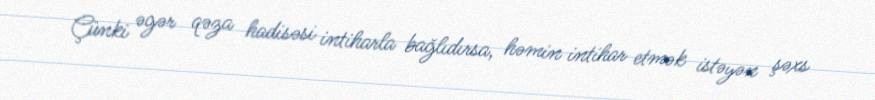
Çünki əgər qəza hadisəsi intiharla bağlıdırsa, həmin intihar etmək istəyən şəxs